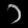
Digit: ၁